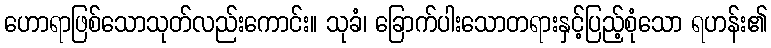
ဟောရာဖြစ်သောသုတ်လည်းကောင်း။ သုခံ၊ ခြောက်ပါးသောတရားနှင့်ပြည့်စုံသော ရဟန်း၏